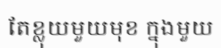
តែខ្លុយមួយមុខ ក្នុងមួយ